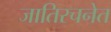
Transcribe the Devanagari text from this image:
जातिरचनेत